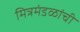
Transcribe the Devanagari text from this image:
मित्रमंडळांची